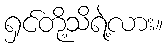
ရှင်တို့သိရဲ့လား။